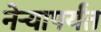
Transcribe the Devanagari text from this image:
नेऱ्यापर्यंत